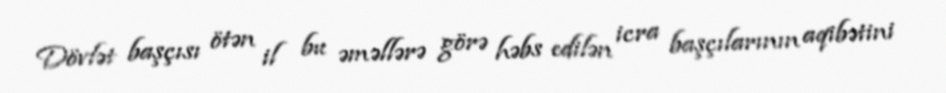
Dövlət başçısı ötən il bu əməllərə görə həbs edilən icra başçılarının aqibətini